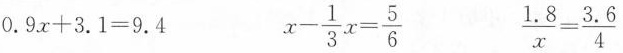
$$0.9x+3.1=9.4$$ $$x- \frac{1}{3}x= \frac{5}{6}$$ $$\frac{1.8}{x}= \frac{3.6}{4}$$